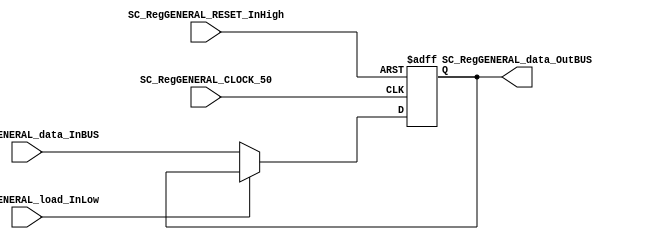
/*######################################################################
//#	G0B1T: HDL EXAMPLES. 2018.
//######################################################################
//# Copyright (C) 2018. F.E.Segura-Quijano (FES) fsegura@uniandes.edu.co
//# 
//# This program is free software: you can redistribute it and/or modify
//# it under the terms of the GNU General Public License as published by
//# the Free Software Foundation, version 3 of the License.
//#
//# This program is distributed in the hope that it will be useful,
//# but WITHOUT ANY WARRANTY; without even the implied warranty of
//# MERCHANTABILITY or FITNESS FOR A PARTICULAR PURPOSE.  See the
//# GNU General Public License for more details.
//#
//# You should have received a copy of the GNU General Public License
//# along with this program.  If not, see <http://www.gnu.org/licenses/>
//####################################################################*/
//=======================================================
//  MODULE Definition
//=======================================================
module SC_RegGENERAL #(parameter RegGENERAL_DATAWIDTH=4)(
	//////////// OUTPUTS //////////
	SC_RegGENERAL_data_OutBUS,
	//////////// INPUTS //////////
	SC_RegGENERAL_CLOCK_50,
	SC_RegGENERAL_RESET_InHigh, 
	SC_RegGENERAL_load_InLow, 
	SC_RegGENERAL_data_InBUS
);
//=======================================================
//  PARAMETER declarations
//=======================================================

//=======================================================
//  PORT declarations
//=======================================================
output		[RegGENERAL_DATAWIDTH-1:0]	SC_RegGENERAL_data_OutBUS;
input			SC_RegGENERAL_CLOCK_50;
input			SC_RegGENERAL_RESET_InHigh;
input			SC_RegGENERAL_load_InLow;	
input			[RegGENERAL_DATAWIDTH-1:0]	SC_RegGENERAL_data_InBUS;

//=======================================================
//  REG/WIRE declarations
//=======================================================
reg [RegGENERAL_DATAWIDTH-1:0] RegGENERAL_Register;
reg [RegGENERAL_DATAWIDTH-1:0] RegGENERAL_Signal;
//=======================================================
//  Structural coding
//=======================================================
//INPUT LOGIC: COMBINATIONAL
always @(*)
begin
	if (SC_RegGENERAL_load_InLow == 1'b0)
		RegGENERAL_Signal = SC_RegGENERAL_data_InBUS;
	else
		RegGENERAL_Signal = RegGENERAL_Register;
	end	
//STATE REGISTER: SEQUENTIAL
always @(posedge SC_RegGENERAL_CLOCK_50, posedge SC_RegGENERAL_RESET_InHigh)
begin
	if (SC_RegGENERAL_RESET_InHigh == 1'b1)
		RegGENERAL_Register <= 0;
	else
		RegGENERAL_Register <= RegGENERAL_Signal;
end
//=======================================================
//  Outputs
//=======================================================
//OUTPUT LOGIC: COMBINATIONAL
assign SC_RegGENERAL_data_OutBUS = RegGENERAL_Register;

endmodule